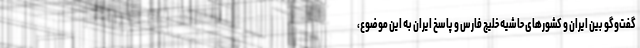
گفت‌وگو بین ایران و کشورهای حاشیه خلیج فارس و پاسخ ایران به این موضوع،